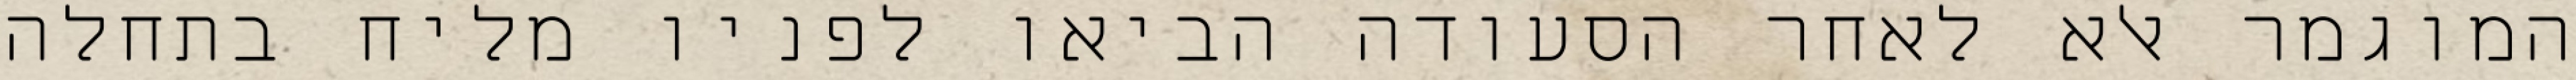
המוגמר אלא לאחר הסעודה הביאו לפניו מליח בתחלה